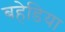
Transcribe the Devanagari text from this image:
बहेडिया